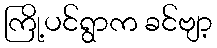
ကြို့ပင်ရွာက ခင်ဗျာ့